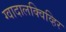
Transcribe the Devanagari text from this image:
ग्वादालक्विव्हिर